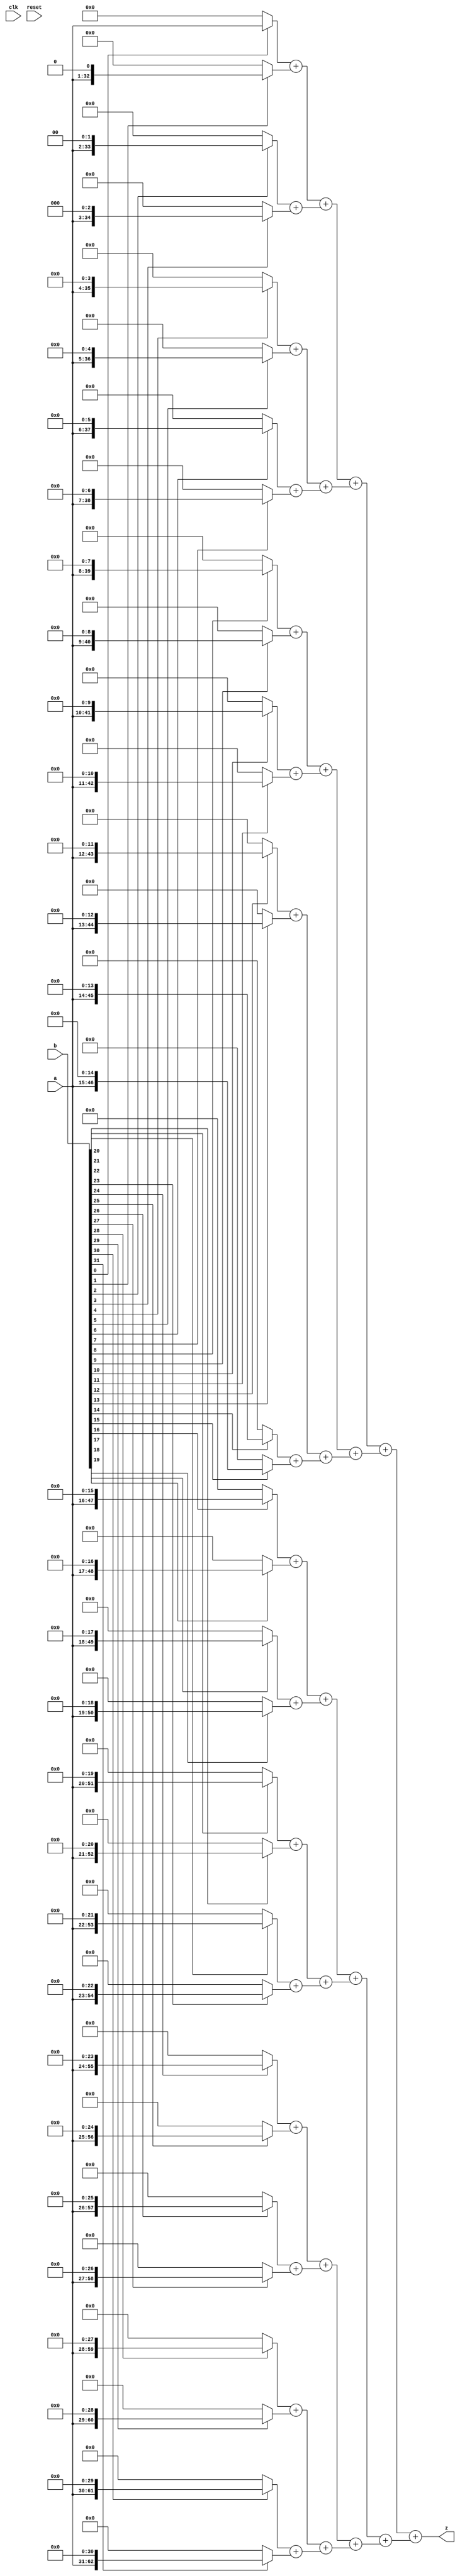
`timescale 1ns / 1ps
module MULTU(
input clk, 		// 
input reset,
input [31:0] a, //  a()
input [31:0] b, //  b( )
output [63:0] z //  z
);

wire [63:0] result;

wire [63:0] store0;
wire [63:0] store1;
wire [63:0] store2;
wire [63:0] store3;
wire [63:0] store4;
wire [63:0] store5;
wire [63:0] store6;
wire [63:0] store7;
wire [63:0] store8;
wire [63:0] store9;
wire [63:0] store10;
wire [63:0] store11;
wire [63:0] store12;
wire [63:0] store13;
wire [63:0] store14;
wire [63:0] store15;
wire [63:0] store16;
wire [63:0] store17;
wire [63:0] store18;
wire [63:0] store19;
wire [63:0] store20;
wire [63:0] store21;
wire [63:0] store22;
wire [63:0] store23;
wire [63:0] store24;
wire [63:0] store25;
wire [63:0] store26;
wire [63:0] store27;
wire [63:0] store28;
wire [63:0] store29;
wire [63:0] store30;
wire [63:0] store31;

wire [63:0] store0_1;
wire [63:0] store2_3;
wire [63:0] store4_5;
wire [63:0] store6_7;
wire [63:0] store8_9;
wire [63:0] store10_11;
wire [63:0] store12_13;
wire [63:0] store14_15;
wire [63:0] store16_17;
wire [63:0] store18_19;
wire [63:0] store20_21;
wire [63:0] store22_23;
wire [63:0] store24_25;
wire [63:0] store26_27;
wire [63:0] store28_29;
wire [63:0] store30_31;

wire [63:0] store0_3;
wire [63:0] store4_7;
wire [63:0] store8_11;
wire [63:0] store12_15;
wire [63:0] store16_19;
wire [63:0] store20_23;
wire [63:0] store24_27;
wire [63:0] store28_31;

wire [63:0] store0_7;
wire [63:0] store8_15;
wire [63:0] store16_23;
wire [63:0] store24_31;

wire [63:0] store0_15;
wire [63:0] store16_31;


assign store0=b[0]?{32'b0,a}:64'b0;
assign store1=b[1]?{31'b0,a,1'b0}:64'b0;
assign store2=b[2]?{30'b0,a,2'b0}:64'b0;
assign store3=b[3]?{29'b0,a,3'b0}:64'b0;
assign store4=b[4]?{28'b0,a,4'b0}:64'b0;
assign store5=b[5]?{27'b0,a,5'b0}:64'b0;
assign store6=b[6]?{26'b0,a,6'b0}:64'b0;
assign store7=b[7]?{25'b0,a,7'b0}:64'b0;
assign store8=b[8]?{24'b0,a,8'b0}:64'b0;
assign store9=b[9]?{23'b0,a,9'b0}:64'b0;
assign store10=b[10]?{22'b0,a,10'b0}:64'b0;
assign store11=b[11]?{21'b0,a,11'b0}:64'b0;
assign store12=b[12]?{20'b0,a,12'b0}:64'b0;
assign store13=b[13]?{19'b0,a,13'b0}:64'b0;
assign store14=b[14]?{18'b0,a,14'b0}:64'b0;
assign store15=b[15]?{17'b0,a,15'b0}:64'b0;
assign store16=b[16]?{16'b0,a,16'b0}:64'b0;
assign store17=b[17]?{15'b0,a,17'b0}:64'b0;
assign store18=b[18]?{14'b0,a,18'b0}:64'b0;
assign store19=b[19]?{13'b0,a,19'b0}:64'b0;
assign store20=b[20]?{12'b0,a,20'b0}:64'b0;
assign store21=b[21]?{11'b0,a,21'b0}:64'b0;
assign store22=b[22]?{10'b0,a,22'b0}:64'b0;
assign store23=b[23]?{9'b0,a,23'b0}:64'b0;
assign store24=b[24]?{8'b0,a,24'b0}:64'b0;
assign store25=b[25]?{7'b0,a,25'b0}:64'b0;
assign store26=b[26]?{6'b0,a,26'b0}:64'b0;
assign store27=b[27]?{5'b0,a,27'b0}:64'b0;
assign store28=b[28]?{4'b0,a,28'b0}:64'b0;
assign store29=b[29]?{3'b0,a,29'b0}:64'b0;
assign store30=b[30]?{2'b0,a,30'b0}:64'b0;
assign store31=b[31]?{1'b0,a,31'b0}:64'b0;

assign store0_1=store0+store1;
assign store2_3=store2+store3;
assign store4_5=store4+store5;
assign store6_7=store6+store7;
assign store8_9=store8+store9;
assign store10_11=store10+store11;
assign store12_13=store12+store13;
assign store14_15=store14+store15;
assign store16_17=store16+store17;
assign store18_19=store18+store19;
assign store20_21=store20+store21;
assign store22_23=store22+store23;
assign store24_25=store24+store25;
assign store26_27=store26+store27;
assign store28_29=store28+store29;
assign store30_31=store30+store31;
assign store0_3=store0_1+store2_3;
assign store4_7=store4_5+store6_7;
assign store8_11=store8_9+store10_11;
assign store12_15=store12_13+store14_15;
assign store16_19=store16_17+store18_19;
assign store20_23=store20_21+store22_23;
assign store24_27=store24_25+store26_27;
assign store28_31=store28_29+store30_31;

assign store0_7=store0_3+store4_7;
assign store8_15=store8_11+store12_15;
assign store16_23=store16_19+store20_23;
assign store24_31=store24_27+store28_31;

assign store0_15=store0_7+store8_15;
assign store16_31=store16_23+store24_31;

assign result=store0_15+store16_31;

assign z=result;

endmodule